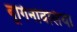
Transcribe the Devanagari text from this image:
बूगिनविलिया